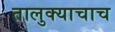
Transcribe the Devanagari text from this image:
तालुक्याचाच